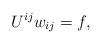
LaTeX: \begin{align*} U^{ij} w_{ij} =f,\end{align*}